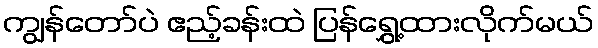
ကျွန်တော်ပဲ ဧည့်ခန်းထဲ ပြန်ရွှေ့ထားလိုက်မယ်